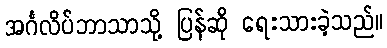
အင်္ဂလိပ်ဘာသာသို့ ပြန်ဆို ရေးသားခဲ့သည်။